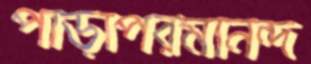
পাড়াপরমানন্দ